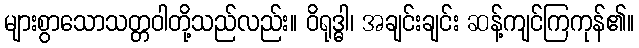
များစွာသောသတ္တဝါတို့သည်လည်း။ ဝိရုဒ္ဓါ၊ အချင်းချင်း ဆန့်ကျင်ကြကုန်၏။